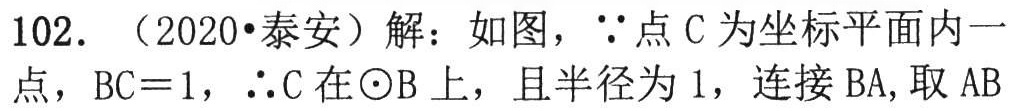
102. （2020•泰安）解：如图，\(\because\)点\(C\)为坐标平面内一点，\(BC = 1\)，\(\therefore C\)在\(\odot B\)上，且半径为\(1\)，连接\(BA\),取\(AB\)